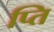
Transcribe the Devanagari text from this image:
प्ति